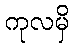
ကုလမှိ